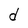
Character: d